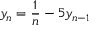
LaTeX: y _ { n } = { \frac { 1 } { n } } - 5 y _ { n - 1 }